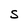
Character: S